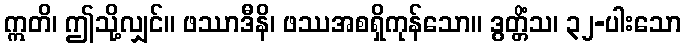
ဣတိ၊ ဤသို့လျှင်။ ဖဿာဒီနိ၊ ဖဿအစရှိကုန်သော။ ဒွတ္တိံသ၊ ၃၂-ပါးသော